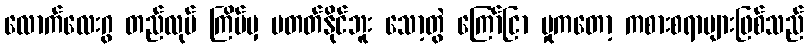
လောက်လေးဂွ တည်လုပ် ကြိမ်မှ မတတ်နိုင်ဘူး သော့တွဲ ကြော်ငြာ မှုကတော့ ကစားစရာများဖြစ်သည်